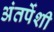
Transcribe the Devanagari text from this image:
अंतर्पेशी